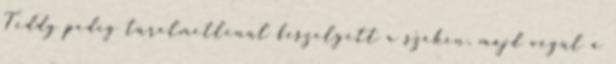
Teddy pedig türelmetlenül feszelgett a széken, majd végül a